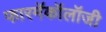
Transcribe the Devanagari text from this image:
फारमॅकॉलॉजी